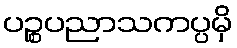
ပဉ္စပညာသကပ္ပမှိ